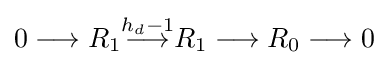
0\longrightarrow R_{1}{\stackrel {h_{d}-1}{\longrightarrow }}R_{1}\longrightarrow R_{0}\longrightarrow 0